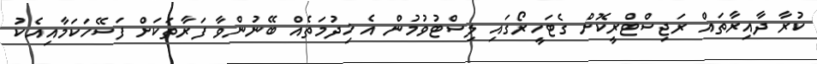
ކުރާ ދާއިރާތައް ރަޖިސްޓްރީކޮށް ގެޓަހީރޯގައި ލިސްޓުވުމުން އެ ޚިދުމަތެއް ބޭނުންވާ ފަރާތަކަށް ފަސޭހަކަމާއިއެކު